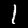
Label: 1